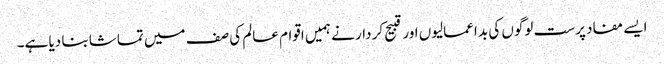
ایسے مفاد پرست لوگوں کی بد اعمالیوں اور قبیح کر دار نے ہمیں اقوام عالم کی صف میں تماشا بنا دیا ہے۔